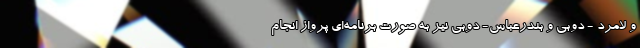
و لامرد - دوبی و بندرعباس- دوبی نیز به صورت برنامه‌ای پرواز انجام